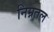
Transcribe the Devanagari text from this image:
निम्नतल